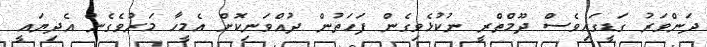
ދަންވަރު ގަޑީގައިވެސް ދޫމްތްރީ ނުކުޅެވިގެން ފަހަތުން ދުއްވަނިކޮށް އެމީހާ މަރުވެގެން އެދިޔައީ